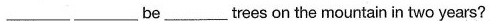
____ ____be______trees on the mountain in two years?